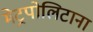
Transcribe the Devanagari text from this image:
मेट्रपोलिटाना